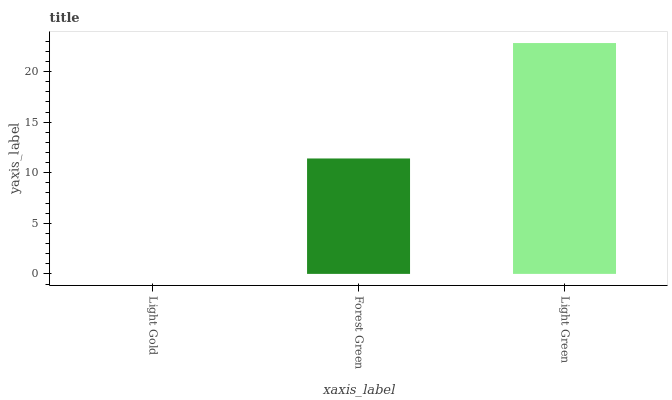
| xaxis_label | bars |
 | --- | --- |
 | Light Gold | 0 |
 | Forest Green | 11.4 |
 | Light Green | 22.8 |